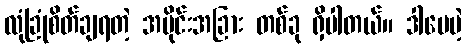
လုံခြုံစိတ်ချရတဲ့ အပိုင်းအခြား တစ်ခု ရှိပါတယ်။ ဒါပေမဲ့